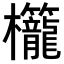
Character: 𬅚